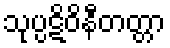
သုပ္ပဋိဝိနီတတ္တာ